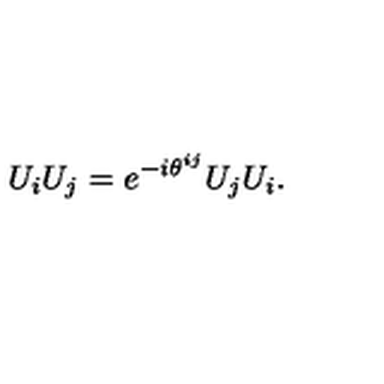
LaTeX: U _ { i } U _ { j } = e ^ { - i \theta ^ { i j } } U _ { j } U _ { i } .